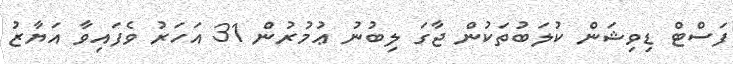
ފަސްޓް ޑިވިޝަން ކުލަބުތަކުން ޖާގަ ލިބުނު ޢުމުރުން 31 އަހަރު ވެފައިވާ އަޔާޒު